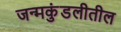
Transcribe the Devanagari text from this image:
जन्मकुंडलीतील